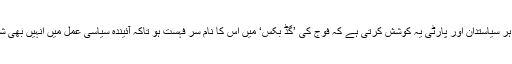
اسی لئے براہ راست چوٹ کھائے ہوئے اکا دکا سیاست دان کے علاوہ ہر سیاستدان اور پارٹی یہ کوشش کرتی ہے کہ فوج کی ’گڈ بکس‘ میں اس کا نام سر فہست ہو تاکہ آئیندہ سیاسی عمل میں انہیں بھی شیروانی پہننے اور جھنڈے والی گاڑی میں گھومنے کا موقع مل سکے۔